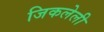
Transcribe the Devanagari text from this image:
जिकलेली